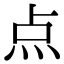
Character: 点